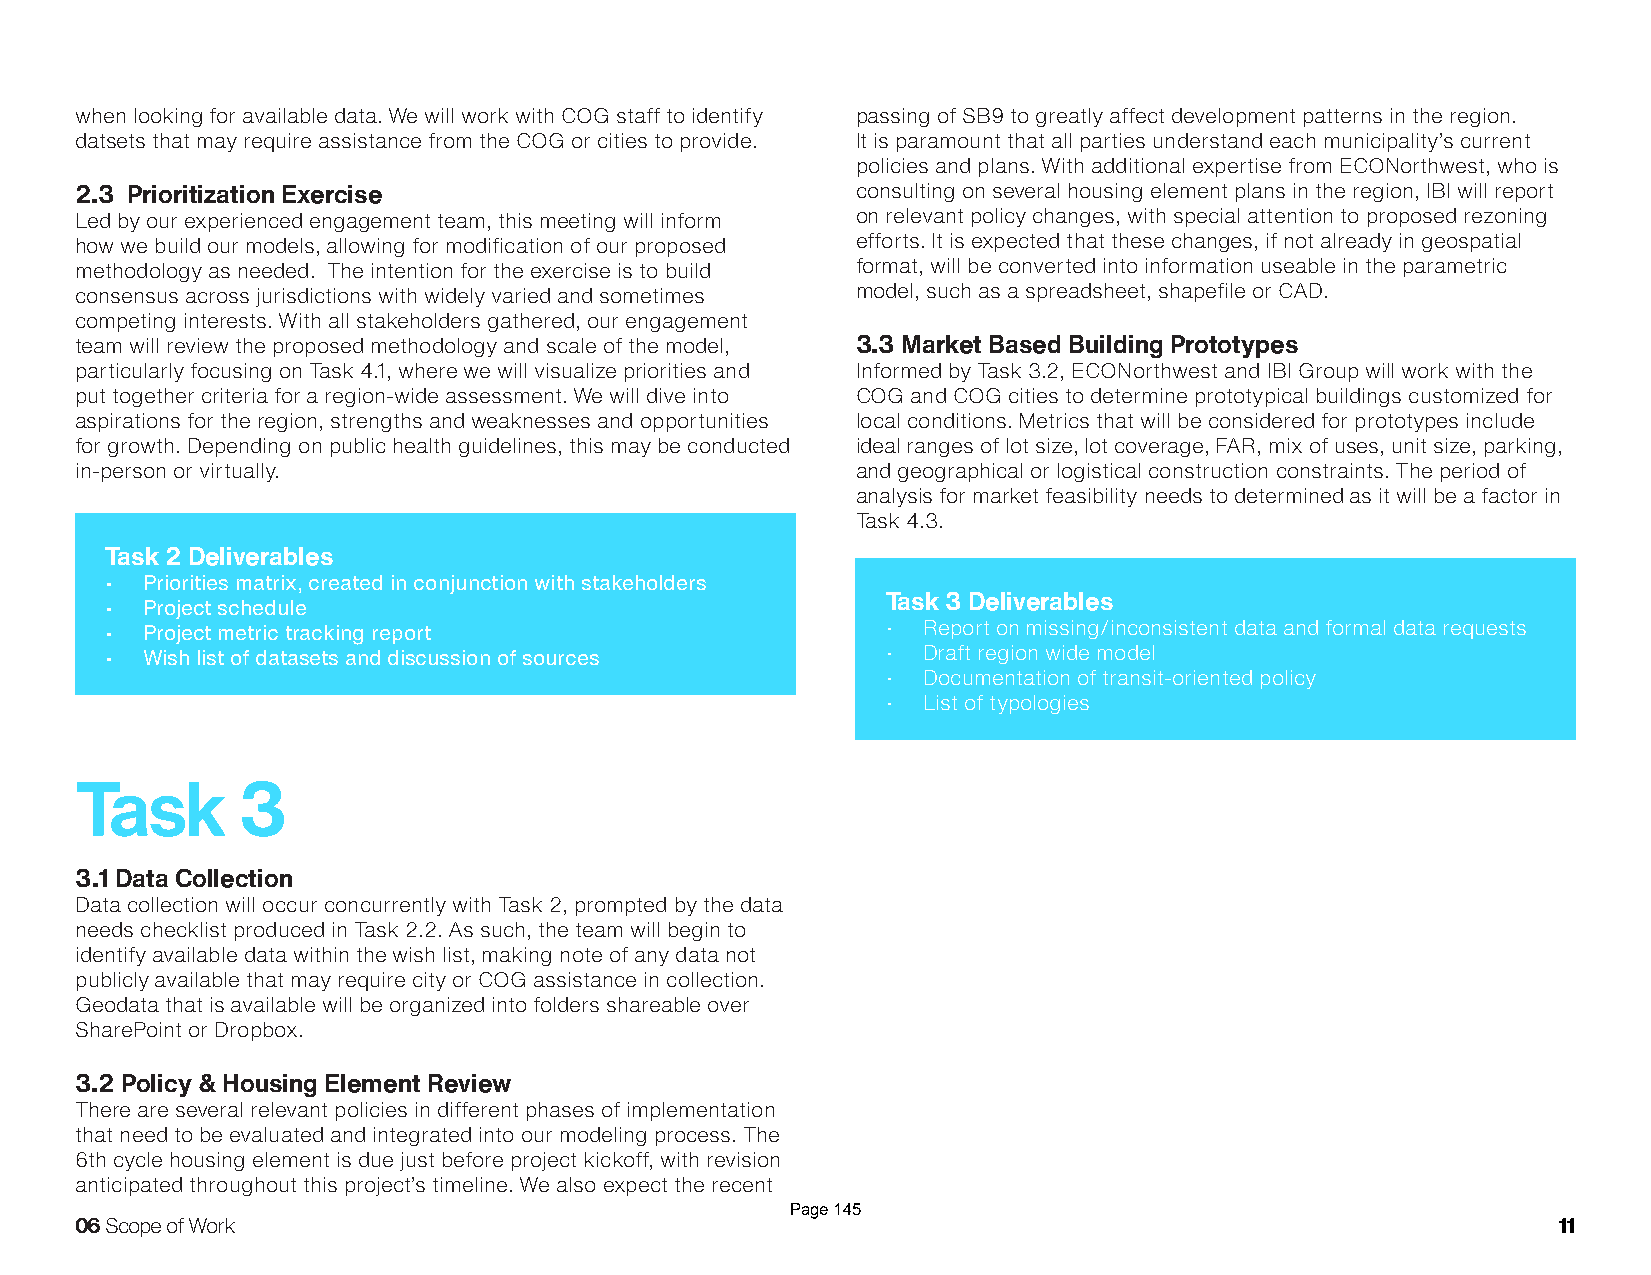
when looking for available data. We will work with COG staff to identify passing of SB9 to greatly affect development patterns in the region.
 datsets that may require assistance from the COG or cities to provide. It is paramount that all parties understand each municipality’s current
 policies and plans. With additional expertise from ECONorthwest, who is
 2.3 Prioritization Exercise                         consulting on several housing element plans in the region, IBI will report
 Led by our experienced engagement team, this meeting will inform on relevant policy changes, with special attention to proposed rezoning
 how we build our models, allowing for modification of our proposed efforts. It is expected that these changes, if not already in geospatial
 methodology as needed. The intention for the exercise is to build format, will be converted into information useable in the parametric
 consensus across jurisdictions with widely varied and sometimes model, such as a spreadsheet, shapefile or CAD.
 competing interests. With all stakeholders gathered, our engagement
 team will review the proposed methodology and scale of the model, 3.3 Market Based Building Prototypes
 particularly focusing on Task 4.1, where we will visualize priorities and Informed by Task 3.2, ECONorthwest and IBI Group will work with the
 put together criteria for a region-wide assessment. We will dive into COG and COG cities to determine prototypical buildings customized for
 aspirations for the region, strengths and weaknesses and opportunities local conditions. Metrics that will be considered for prototypes include
 for growth. Depending on public health guidelines, this may be conducted ideal ranges of lot size, lot coverage, FAR, mix of uses, unit size, parking,
 in-person or virtually.                             and geographical or logistical construction constraints. The period of
 analysis for market feasibility needs to determined as it will be a factor in
 Task 4.3.
 Task 2 Deliverables
 • Priorities matrix, created in conjunction with stakeholders
 Task 3 Deliverables
 • Project schedule
 • Project metric tracking report                    • Report on missing/inconsistent data and formal data requests
 • Wish list of datasets and discussion of sources   • Draft region wide model
 • Documentation of transit-oriented policy
 • List of typologies
 Task       3
 3.1 Data Collection
 Data collection will occur concurrently with Task 2, prompted by the data
 needs checklist produced in Task 2.2. As such, the team will begin to
 identify available data within the wish list, making note of any data not
 publicly available that may require city or COG assistance in collection.
 Geodata that is available will be organized into folders shareable over
 SharePoint or Dropbox.
 3.2 Policy & Housing Element Review
 There are several relevant policies in different phases of implementation
 that need to be evaluated and integrated into our modeling process. The
 6th cycle housing element is due just before project kickoff, with revision
 anticipated throughout this project’s timeline. We also expect the recent
 Page 145
 06 Scope of Work                                                                                  11